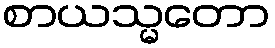
စာယသ္မတော